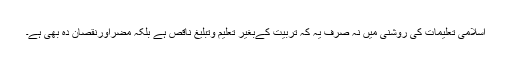
اسلامی تعلیمات کی روشنی میں نہ صرف یہ کہ تربیّت کےبغیر تعلیم وتبلیغ ناقص ہے بلکہ مضراورنقصان دہ بھی ہے۔